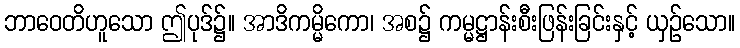
ဘာဝေတိဟူသော ဤပုဒ်၌။ အာဒိကမ္မိကော၊ အစ၌ ကမ္မဋ္ဌာန်းစီးဖြန်းခြင်းနှင့် ယှဉ်သော။